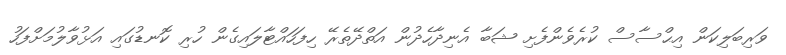
ވަރިބަލިކަން އިޙްސާސް ކުރެވެންފެށި ޝަބާ އެނިދާހެދުން އަތްދޭތެރޭ ހިފަހައްޓާލައިގެން ހުރި ކޮނޑުގައި އަޅުވާލުމަށްފަހު